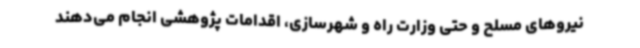
نیروهای مسلح و حتی وزارت راه و شهرسازی، اقدامات پژوهشی انجام می‌دهند